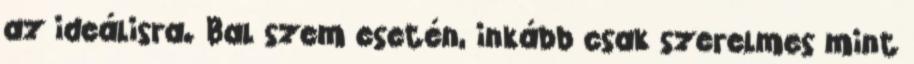
az ideálisra. Bal szem esetén, inkább csak szerelmes mint